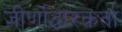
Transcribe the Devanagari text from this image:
जीर्णोद्धारकर्ता